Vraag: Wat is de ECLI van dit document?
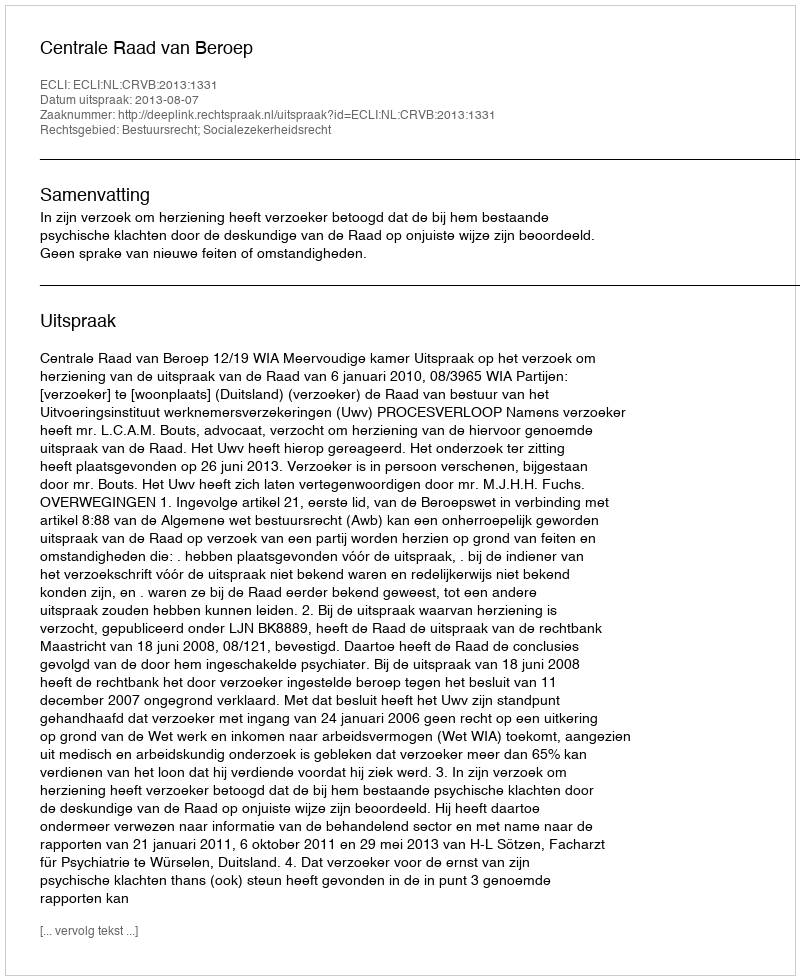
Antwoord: ECLI:NL:CRVB:2013:1331